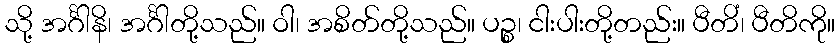
သို့ အင်္ဂါနိ၊ အင်္ဂါတို့သည်။ ဝါ၊ အစိတ်တို့သည်။ ပဉ္စ၊ ငါးပါးတို့တည်း။ ပီတိံ၊ ပီတိကို။